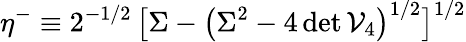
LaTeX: \eta^{-}\equiv 2^{-1/2}\, \big[\Sigma-\big(\Sigma^{2}-4\, \textup{det}\, {\cal V}_{4}\big)^{1/2}\big]^{1/2}